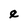
Character: e